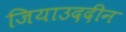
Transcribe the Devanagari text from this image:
जियाउददीन